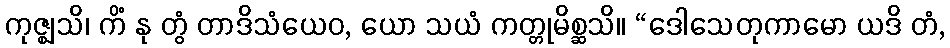
ကုဇ္ဈသိ၊ ကိံ နု တွံ တာဒိသံယေဝ, ယော သယံ ကတ္တုမိစ္ဆသိ။ “ဒေါသေတုကာမော ယဒိ တံ,